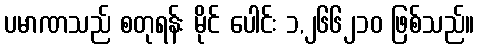
ပမာဏသည် စတုရန်း မိုင် ပေါင်း ၁,၂၆၆၂၁၀ ဖြစ်သည်။